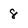
Character: 8